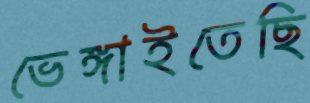
ভেঙ্গাইতেছি